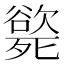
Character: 𣩭